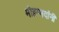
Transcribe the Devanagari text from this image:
मोहम्मदांनी